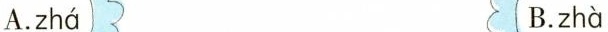
A. zhá B. zhà